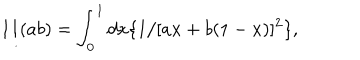
1 / ( a b ) = \int _ { 0 } ^ { 1 } d x \{ 1 / [ a x + b ( 1 - x ) ] ^ { 2 } \} ,